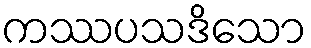
ကဿပသဒိသော